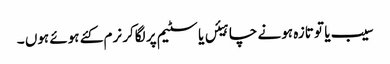
سیب یا تو تازہ ہونے چاہیئں یا سٹیم پر لگاکر نرم کئے ہوئے ہوں ۔